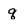
Character: q